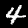
Label: 4